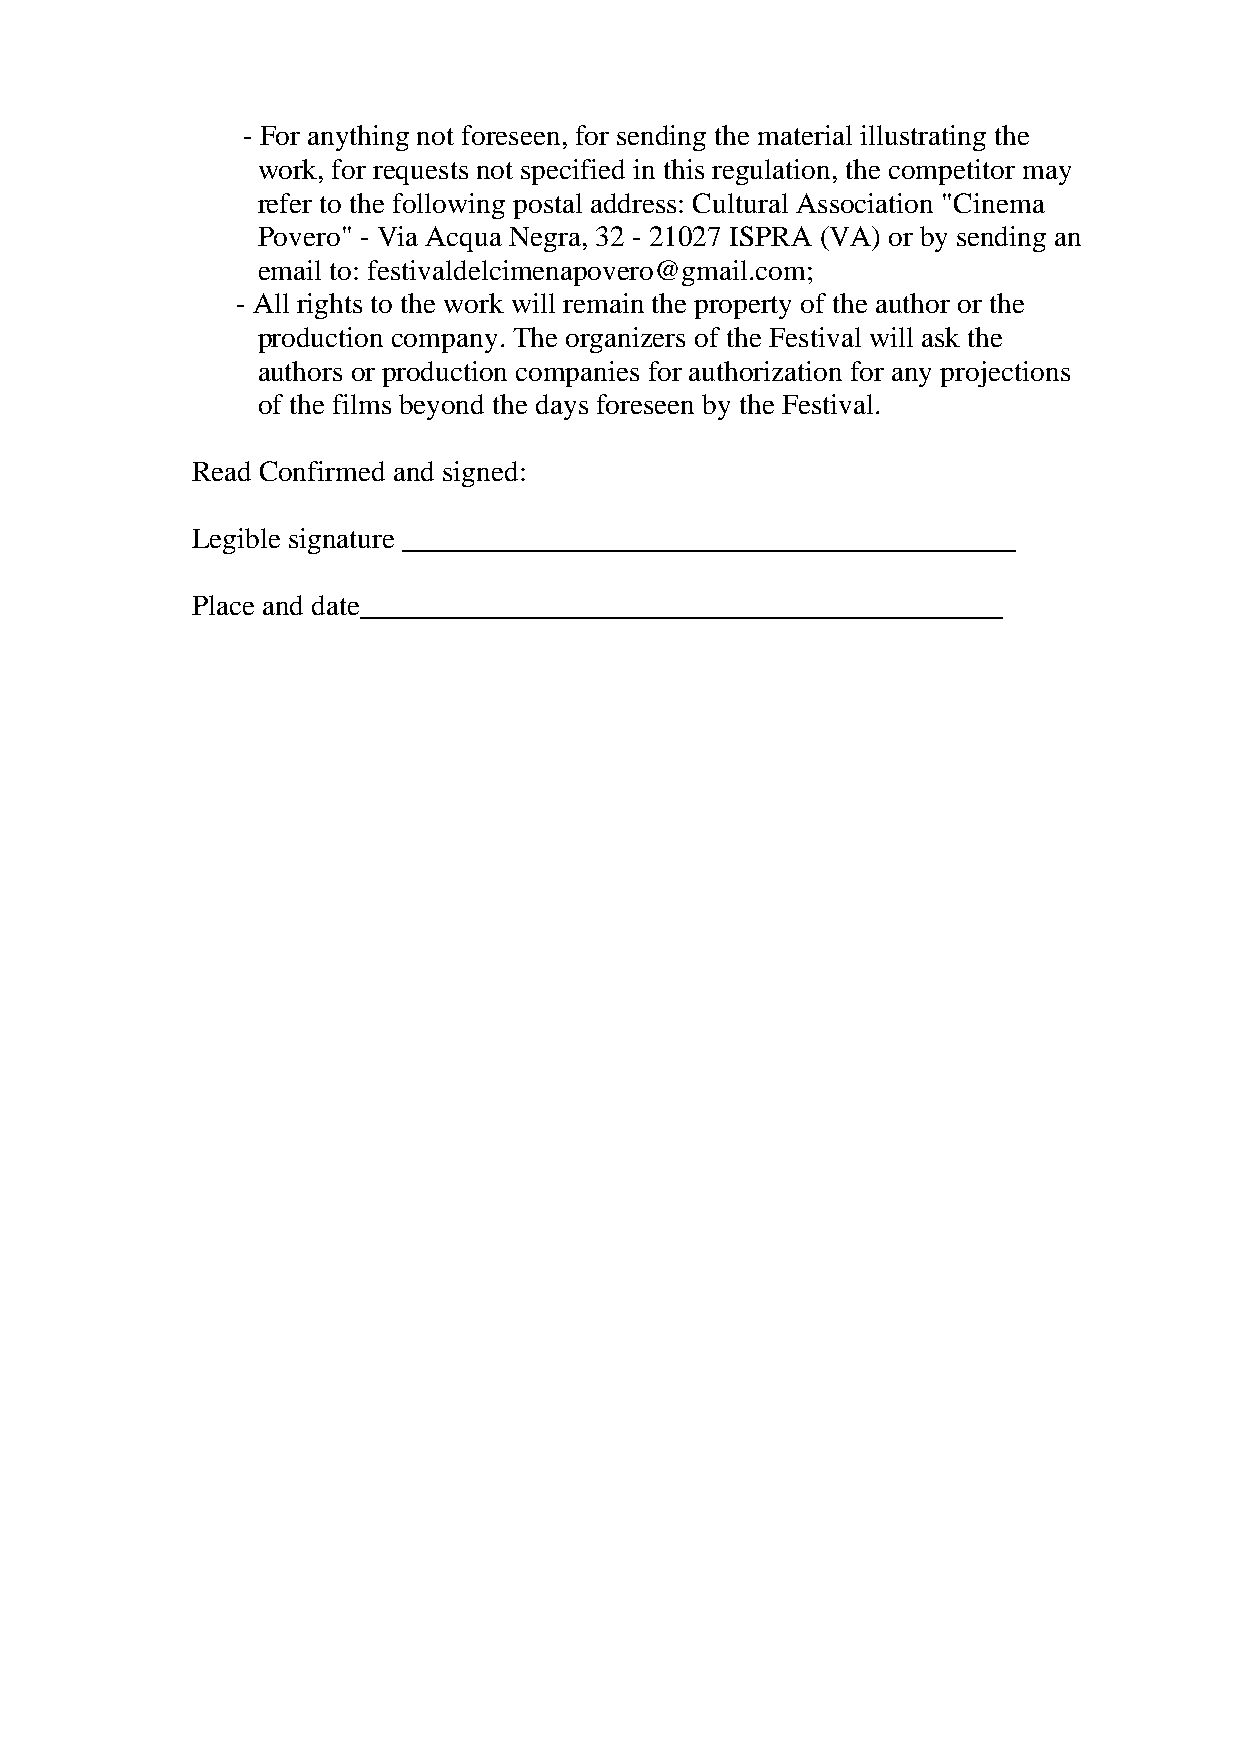
- For anything not foreseen, for sending the material illustrating the
 work, for requests not specified in this regulation, the competitor may
 refer to the following postal address: Cultural Association "Cinema
 Povero" - Via Acqua Negra, 32 - 21027 ISPRA (VA) or by sending an
 email to: festivaldelcimenapovero@gmail.com;
 - All rights to the work will remain the property of the author or the
 production company. The organizers of the Festival will ask the
 authors or production companies for authorization for any projections
 of the films beyond the days foreseen by the Festival.
 Read Confirmed and signed:
 Legible signature __________________________________________
 Place and date____________________________________________